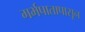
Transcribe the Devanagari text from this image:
गर्भपातापासून